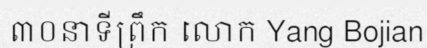
៣០នាទីព្រឹក លោក Yang Bojian